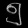
Digit: ၅